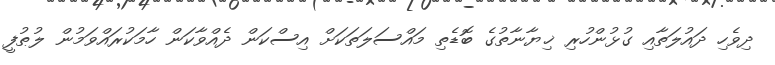
ދިވެހި ދައުލަތާއި ގުޅުންހުރި ޚިޔާނާތުގެ ބޮޑެތި މައްސަލަތަކަށް އިސްކަން ދެއްވާކަން ހާމަކުރައްވަމުން ލުޠުފީ